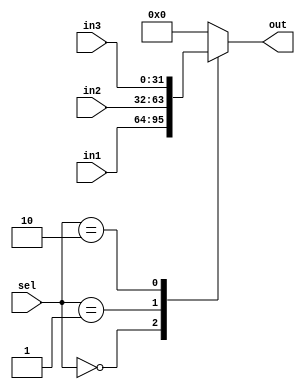
module Mux3to1 #(parameter N = 32)(sel,in1,in2,in3,out);
    input [1:0]sel;
    input [N-1:0]in1,in2,in3;
    output reg [N-1:0]out;
    always @(sel,in1,in2,in3) begin
        out={N{1'b0}};
        case (sel)
            2'd0 : out=in1;
            2'd1 : out=in2;
            2'd2 : out=in3;
            default: out={N{1'b0}};
        endcase
        
    end
    
endmodule